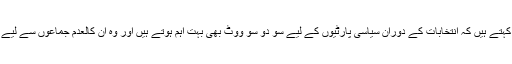
سبوخ سید کہتے ہیں کہ انتخابات کے دوران سیاسی پارٹیوں کے لیے سو دو سو ووٹ بھی بہت اہم ہوتے ہیں اور وہ ان کالعدم جماعوں سے لیے جاتے ہیں۔